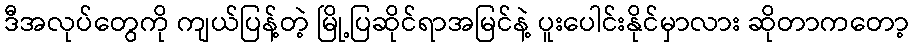
ဒီအလုပ်တွေကို ကျယ်ပြန့်တဲ့ မြို့ပြဆိုင်ရာအမြင်နဲ့ ပူးပေါင်းနိုင်မှာလား ဆိုတာကတော့